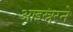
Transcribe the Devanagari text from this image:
आइस्नरने